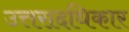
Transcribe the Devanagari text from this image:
उत्तरादधिकार